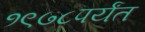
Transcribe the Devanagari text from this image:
१९७८पर्यंत